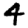
Digit: 4